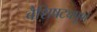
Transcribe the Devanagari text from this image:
वैशिषट्यपूर्ण